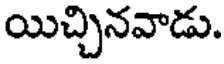
యిచ్చినవాడు.